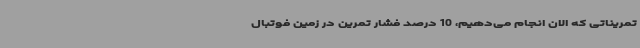
تمریناتی که الان انجام می‌دهیم، 10 درصد فشار تمرین در زمین فوتبال